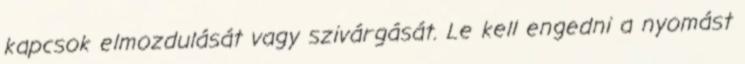
kapcsok elmozdulását vagy szivárgását. Le kell engedni a nyomást